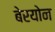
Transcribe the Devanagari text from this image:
बेरयोन